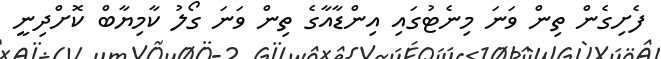
ފެށިގެން ތިން ވަނަ މިނެޓުގައި އިންޑާއާގެ ތިން ވަނަ ގޯލު ކާމިޔާބް ކޮށްދިނީ